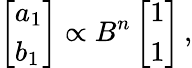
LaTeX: \left[\begin{array}{l}{a_{1}}\\ {b_{1}}\end{array}\right]\propto B^{n}\left[\begin{array}{l}{1}\\ {1}\end{array}\right]\, ,